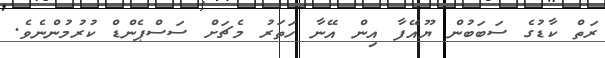
ރަތް ކާޑުގެ ސަބަބުން ޔޫއޭފާ އިން އޭނާ ހަތަރު މެޗަށް ސަސްޕެންޑް ކުރުމުންނެވެ.